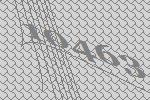
10463